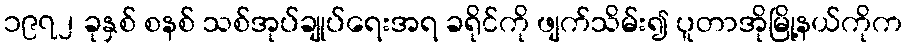
၁၉၇၂ ခုနှစ် စနစ် သစ်အုပ်ချုပ်ရေးအရ ခရိုင်ကို ဖျက်သိမ်း၍ ပူတာအိုမြို့နယ်ကိုက